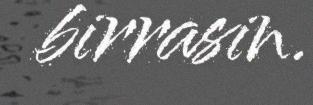
birrasin.